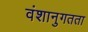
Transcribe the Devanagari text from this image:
वंशानुगतता